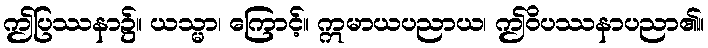
ဤပြဿနာ၌။ ယသ္မာ၊ ကြောင့်။ ဣမာယပညာယ၊ ဤဝိပဿနာပညာ၏။